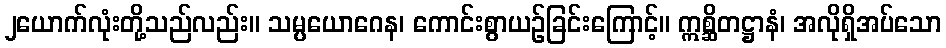
၂ယောက်လုံးတို့သည်လည်း။ သမ္ပယောဂေန၊ ကောင်းစွာယဉ်ခြင်းကြောင့်။ ဣစ္ဆိတဋ္ဌာနံ၊ အလိုရှိအပ်သော